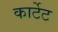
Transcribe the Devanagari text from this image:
कार्टेट